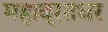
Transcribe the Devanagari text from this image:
महाव्रतधर